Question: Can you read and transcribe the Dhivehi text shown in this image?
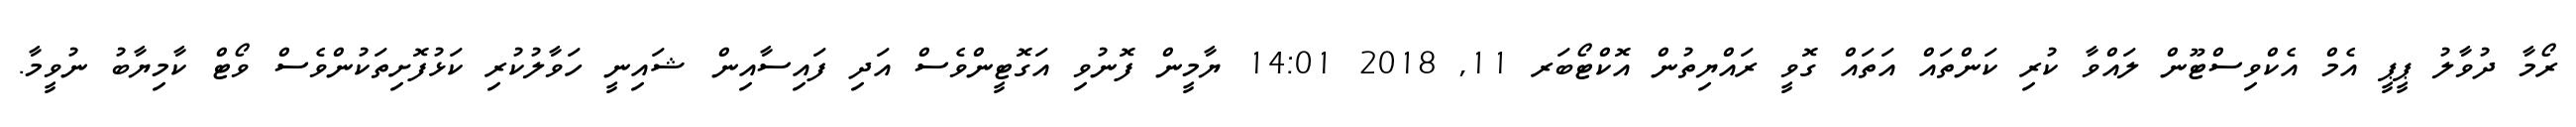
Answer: ރޯމާ ދުވާލު ޕީޕީ އެމް އެކްވިސްޓޫން ލައްވާ ކުރި ކަންތައް އަތައް ގޮވީ ރައްޔިތުން އޮކްޓޯބަރ 11, 2018 14:01 ޔާމީން ފޮނުވި އަގޮޓީންވެސް އަދި ފައިސާއިން ޝައިނީ ހަވާލުކުރި ކަޅުފޮށިތަކުންވެސް ވޯޓް ކާމިޔާބު ނުވީމާ.